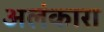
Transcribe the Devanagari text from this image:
अलंकारा